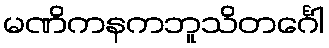
မဏိကနကဘူသိတင်္ဂေါ